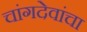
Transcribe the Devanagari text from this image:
चांगदेवांचा